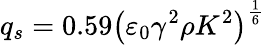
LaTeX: q_{s}=0.59\left(\varepsilon_{0}\gamma^{2}\rho K^{2}\right)^{\frac{1}{6}}